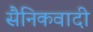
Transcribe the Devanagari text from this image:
सैनिकवादी